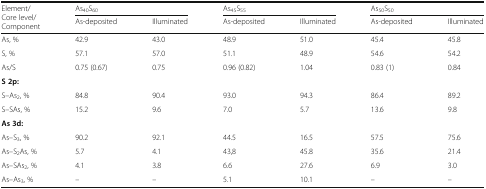
<table><thead><tr><td rowspan="2"><b>Element/Core level/Component</b></td><td colspan="2"><b>As<sub>40</sub>S<sub>60</sub></b></td><td colspan="2"><b>As<sub>45</sub>S<sub>55</sub></b></td><td colspan="2"><b>As<sub>50</sub>S<sub>50</sub></b></td></tr><tr><td><b>As-deposited</b></td><td><b>Illuminated</b></td><td><b>As-deposited</b></td><td><b>Illuminated</b></td><td><b>As-deposited</b></td><td><b>Illuminated</b></td></tr></thead><tbody><tr><td>As, %</td><td>42.9</td><td>43.0</td><td>48.9</td><td>51.0</td><td>45.4</td><td>45.8</td></tr><tr><td>S, %</td><td>57.1</td><td>57.0</td><td>51.1</td><td>48.9</td><td>54.6</td><td>54.2</td></tr><tr><td>As/S</td><td>0.75 (0.67)</td><td>0.75</td><td>0.96 (0.82)</td><td>1.04</td><td>0.83 (1)</td><td>0.84</td></tr><tr><td colspan="7"><b>S 2p:</b></td></tr><tr><td>S–As<sub>2</sub>, %</td><td>84.8</td><td>90.4</td><td>93.0</td><td>94.3</td><td>86.4</td><td>89.2</td></tr><tr><td>S–SAs, %</td><td>15.2</td><td>9.6</td><td>7.0</td><td>5.7</td><td>13.6</td><td>9.8</td></tr><tr><td colspan="7"><b>As 3d:</b></td></tr><tr><td>As–S<sub>3</sub>, %</td><td>90.2</td><td>92.1</td><td>44.5</td><td>16.5</td><td>57.5</td><td>75.6</td></tr><tr><td>As–S<sub>2</sub>As, %</td><td>5.7</td><td>4.1</td><td>43,8</td><td>45.8</td><td>35.6</td><td>21.4</td></tr><tr><td>As–SAs<sub>2</sub>, %</td><td>4.1</td><td>3.8</td><td>6.6</td><td>27.6</td><td>6.9</td><td>3.0</td></tr><tr><td>As–As<sub>3</sub>, %</td><td>–</td><td>–</td><td>5.1</td><td>10.1</td><td>–</td><td>–</td></tr></tbody></table>